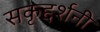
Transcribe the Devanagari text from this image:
सकृद्दर्शनी